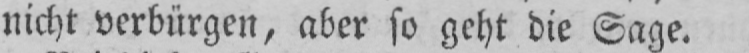
nicht verbürgen, aber so geht die Sage.